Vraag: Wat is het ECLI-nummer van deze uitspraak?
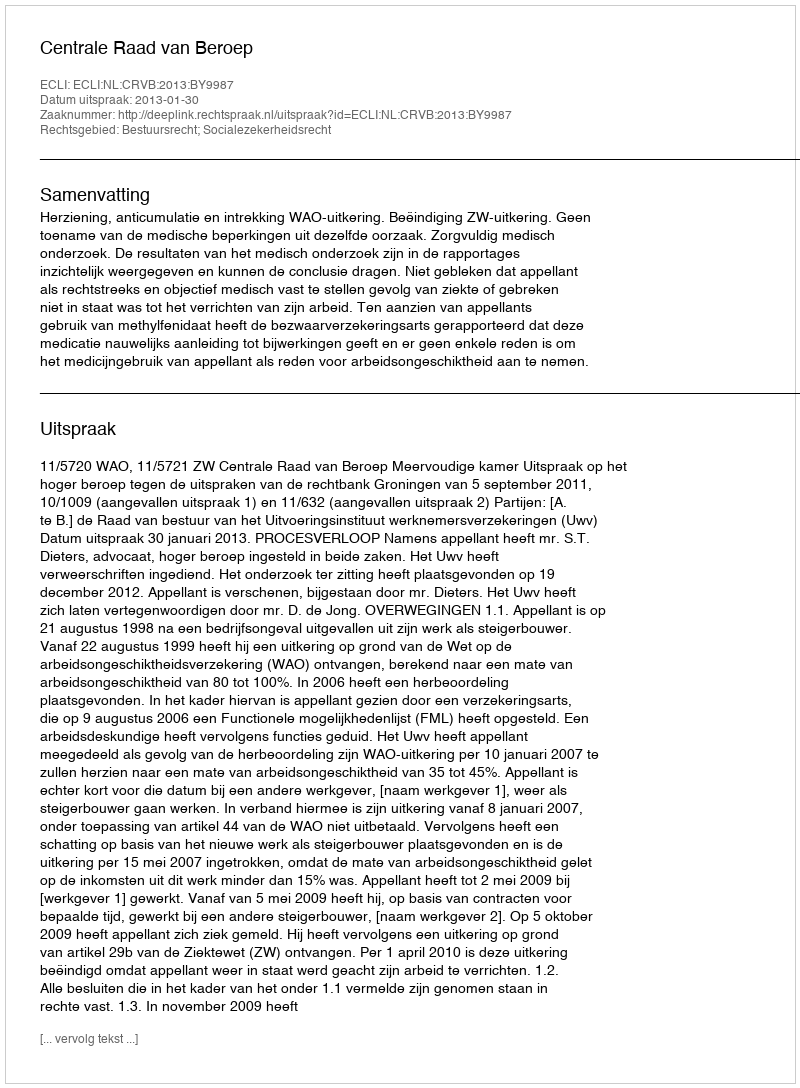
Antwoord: ECLI:NL:CRVB:2013:BY9987